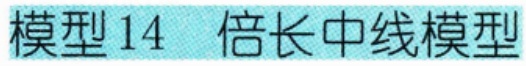
模型14  倍长中线模型